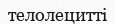
телолецитті